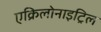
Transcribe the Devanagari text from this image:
एक्रिलोनाइट्रिल